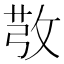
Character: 𢽔